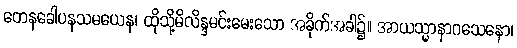
တေနခေါပနသမယေန၊ ထိုသို့မိလိန္ဒမင်းမေးသော အခိုက်အခါ၌။ အာယသ္မာနာဂသေနော၊